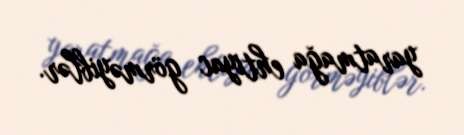
yaratmağa ehtiyac görməyiblər.